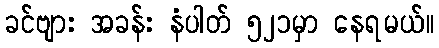
ခင်ဗျား အခန်း နံပါတ် ၅၂၁မှာ နေရမယ်။